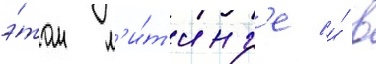
э́том м'и́т'инг'е и́ в